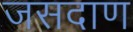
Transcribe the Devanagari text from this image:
जसदाण